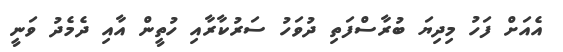
އެއަށް ފަހު މިދިޔަ ބުރާސްފަތި ދުވަހު ސަރުކާރާއި ހުތީން އާއި ދެމެދު ވަނީ